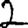
Digit: 2